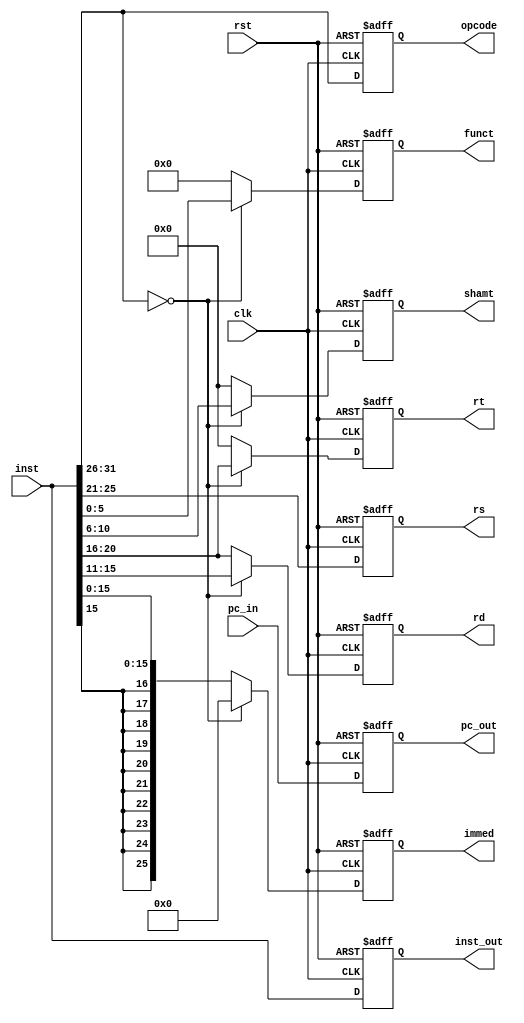
/*
  sbmips
  Copyright (C) 2017  StarBrilliant <m13253@hotmail.com>

  This program is free software: you can redistribute it and/or modify
  it under the terms of the GNU General Public License as published by
  the Free Software Foundation, either version 3 of the License, or
  (at your option) any later version.

  This program is distributed in the hope that it will be useful,
  but WITHOUT ANY WARRANTY; without even the implied warranty of
  MERCHANTABILITY or FITNESS FOR A PARTICULAR PURPOSE.  See the
  GNU General Public License for more details.

  You should have received a copy of the GNU General Public License
  along with this program.  If not, see <http://www.gnu.org/licenses/>.
*/

`timescale 1ns / 1ps
`default_nettype none

module inst_decode(
    input wire clk,
    input wire rst,

    input wire [31:2] pc_in,
    input wire [31:0] inst,

    output reg [31:2] pc_out,
    output reg [31:0] inst_out,

    output reg [5:0] opcode,
    output reg [4:0] rs,
    output reg [4:0] rt,
    output reg [4:0] rd,
    output reg [4:0] shamt,
    output reg [5:0] funct,
    output reg [25:0] immed
    );

initial begin
    pc_out = 0; inst_out = 32'hzzzzzzzz;
    opcode = 0;
    rs = 0; rt = 0; rd = 0;
    shamt = 0; funct = 0;
    immed = 0;
end

always @(posedge clk, posedge rst) begin
    if(rst) begin
        pc_out = 0; inst_out = 32'hzzzzzzzz;
        opcode = 0;
        rs = 0; rt = 0; rd = 0;
        shamt = 0; funct = 0;
        immed = 0;
    end else begin
        pc_out = pc_in; inst_out = inst;
        opcode = inst[31:26];
        if(opcode == 6'h02 || opcode == 6'h03) begin
            rs = 0; rt = 0; rd = 0; shamt = 0; funct = 0;
            immed = inst[25:0];
        end begin
            if(opcode == 6'h00) begin
                rs = inst[25:21];
                rt = inst[20:16];
                rd = inst[15:11];
                shamt = inst[10:6];
                funct = inst[5:0];
                immed = 0;
            end else begin
                rs = inst[25:21];
                rt = 0;
                rd = inst[20:16];
                shamt = 0;
                funct = 0;
                immed = $signed(inst[15:0]);
            end
        end
    end
end

endmodule